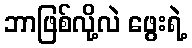
ဘာဖြစ်လို့လဲ ဖွေးရဲ့